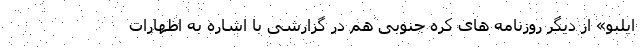
ایلبو» از دیگر روزنامه های کره جنوبی هم در گزارشی با اشاره به اظهارات